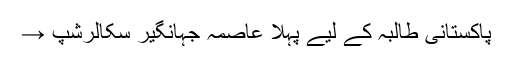
پاکستانی طالبہ کے لیے پہلا عاصمہ جہانگیر سکالرشپ →